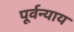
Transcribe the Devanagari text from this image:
पूर्वन्याय